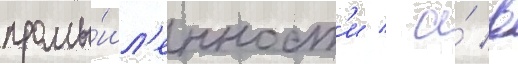
промы́шл'енност'и / а́ в